Vaccination in Bombay 1869-1873 - 1869-1873
Year: 1869
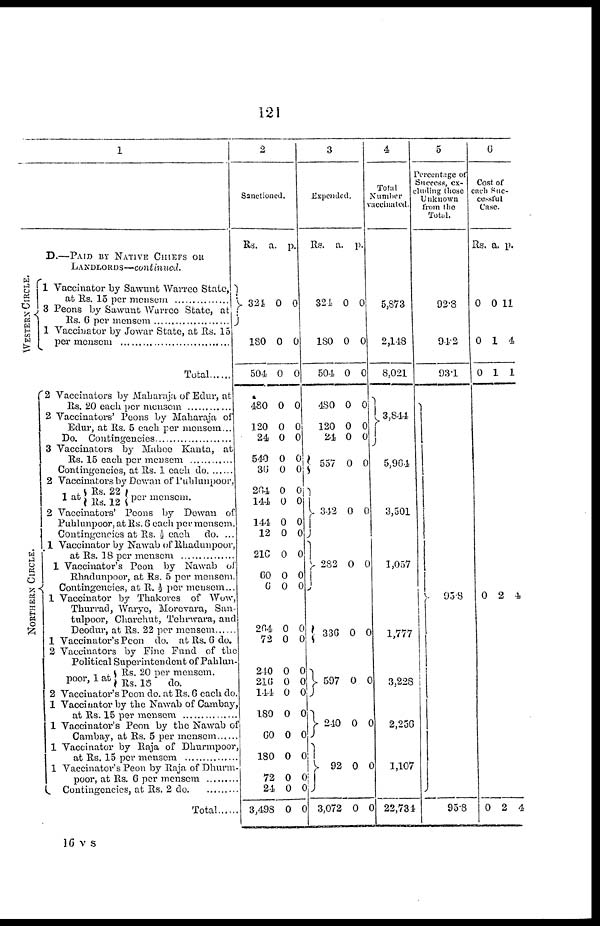
121
1
D.—PAID BY NATIVE CHIEFS OR
LANDLORDS—continued.
WESTERN CIRCLE
1 Vaccinator by Sawunt Warree State,
at Rs. 15 per mensem
3 Peons by Sawunt Warree State, at
Rs. 6 per mensem
1 Vaccinator by Jowar State, at Rs. 15
per mensem
Total
NORTHERN CIRCLE.
2 Vaccinators by Maharaja of Edur, at
Rs. 20 each per mensem
2 Vaccinators' Peons by Maharaja of
Edur, at Rs. 5 each per mensem...
Do.Contingencies ....................
3 Vaccinators by Mahee Kanta, at
Rs. 15 each per mensem
Contingencies....................
2 Vaccinators by Dewan of Publunpoor,
1at Rs. 22
Rs. 12
per mensem.
2 Vaccinators' Peons by Dewan of
Puhlunpoor, at Rs. 6 each per mensem.
Contingencies at Rs. ½ each do. ...
1 Vaccinator by Nawab of Rhadunpoor,
at Rs. 18 each per mensem
1 Vaccinator's Peon by Nawab of
Rhadunpoor, at Rs. 5 per mensem.
Contingencies, at R. ½ per mensem..
1 Vaccinator by Thakores of Wow
Thurrad, Warye, Morevara, San¬
tulpoor, Charchut, Tehrwara, and
Deodur, at Rs. 22 per mensem
1 Vaccinator's Peon do. at Rs. 6 do.
2 Vaccinators by Pine Fund of the
Political Superintendent of Pahlun-
poor, 1 at
Rs. 20 per mensem.
Rs. 18
do.
2 Vaccinator's Peon do. at Rs. 6 each do
1 Vaccinator by the Nawab of Cambay
at Rs. 15 each per mensem
1 Vaccinator's Peon by the Nawab of
Cambay, at Rs. 5 per mensem
1 Vaccinator by Raja of Dhurmpoor,
at Rs. 15 per mensem .............
1 Vaccinator's Peon by Raja of Dhurm¬
poor, at Rs. 6 per mensem
Contingencies, at Rs. 2 do..........
Total
2
Sanctioned.
Rs.
a.
p.
324
180
504
480
120
24
540
36
264
144
144
12
216
60
6
264
72
240
216
144
180
60
180
72
24
3,498
0
0
0
0
0
0
0
0
0
0
0
0
0
0
0
0
0
0
0
0
0
0
0
0
0
0
0
0
0
0
0
0
0
0
0
0
0
0
0
0
0
0
0
0
0
0
0
0
0
0
0
0
3
Expended.
Rs.
a
p.
324
180
504
480
120
24
557
342
282
336
597
240
92
3,072
0
0
0
0
0
0
0
0
0
0
0
0
0
0
0
0
0
0
0
0
0
0
0
0
0
0
0
0
4
Total
Number
vaccinated.
5,873
2,148
8,021
3,844
5,964
3,501
1,057
1,777
3,228
2,256
1,107
22,734
5
Percentage of
Success, ex-
-luding those
Unknown
from the
Total.
92.3
94.2
93.1
95.8
95.8
6
Cost of
each Suc-
cessful
Case.
Rs. a. p.
0
0
0
0
0
0
1
1
2
2
11
4
1
4
4
16 v s